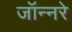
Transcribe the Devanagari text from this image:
जॉन्नरे